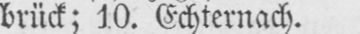
brück; 10. Echternach.